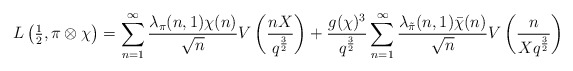
\begin{align*}L\left(\tfrac{1}{2},\pi\otimes\chi\right)=\sum_{n=1}^\infty \frac{\lambda_\pi(n,1)\chi(n)}{\sqrt{n}}V\left(\frac{nX}{q^{\frac{3}{2}}}\right)+\frac{g(\chi)^3}{q^{\frac{3}{2}}}\sum_{n=1}^\infty \frac{\lambda_{\tilde\pi}(n,1)\bar\chi(n)}{\sqrt{n}}V\left(\frac{n}{Xq^{\frac{3}{2}}}\right)\end{align*}